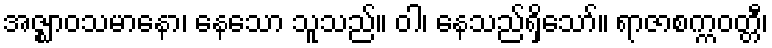
အဇ္ဈာဝသမာနော၊ နေသော သူသည်။ ဝါ၊ နေသည်ရှိသော်။ ရာဇာစက္ကဝတ္တီ၊